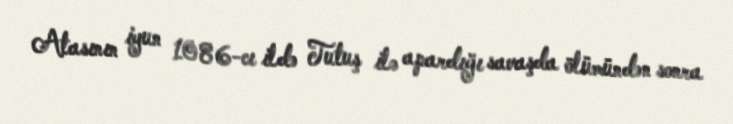
Atasının iyun 1086-cı ildə Tutuş ilə apardığı savaşda ölümündən sonra